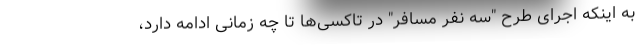
به اینکه اجرای طرح "سه نفر مسافر" در تاکسی‌ها تا چه زمانی ادامه دارد،